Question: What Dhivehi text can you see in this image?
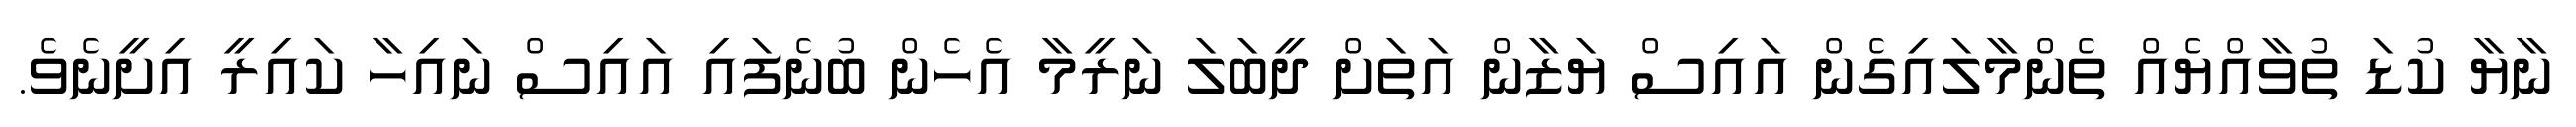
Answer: ނާޔާ ކުޑަ ތުވާއްޔެއް ތެންމާލައިގެން އައިސް ޔަޒާން އަތަށް ދީބަލަ ނަރީމާ އެހެން ބުނެފައި އައިސް ނައިހާ ކައިރީ އިށީނެވެ.